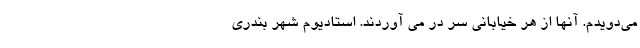
می‌دویدم. آنها از هر خیابانی سر در می آوردند. استادیوم شهر بندری